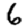
Digit: 6